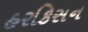
હરકિસન